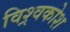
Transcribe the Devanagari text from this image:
विश्र्वकोश